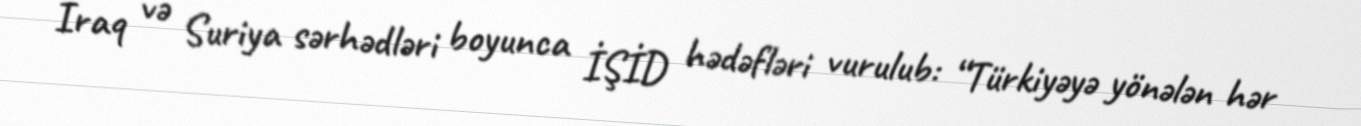
İraq və Suriya sərhədləri boyunca İŞİD hədəfləri vurulub: “Türkiyəyə yönələn hər